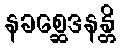
နခစ္ဆေဒနန္တိ